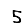
Digit: 5